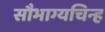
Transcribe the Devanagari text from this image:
सौभाग्यचिन्ह